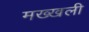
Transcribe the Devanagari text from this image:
मख्खली